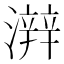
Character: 𤀫